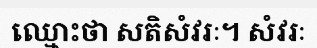
ឈ្មោះថា សតិសំវរៈ។ សំវរៈ